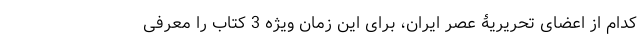
کدام از اعضای تحریریۀ عصر ایران، برای این زمان ویژه 3 کتاب را معرفی